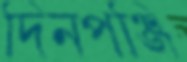
দিনপঞ্জি